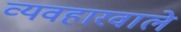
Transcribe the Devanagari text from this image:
व्यवहारवाले